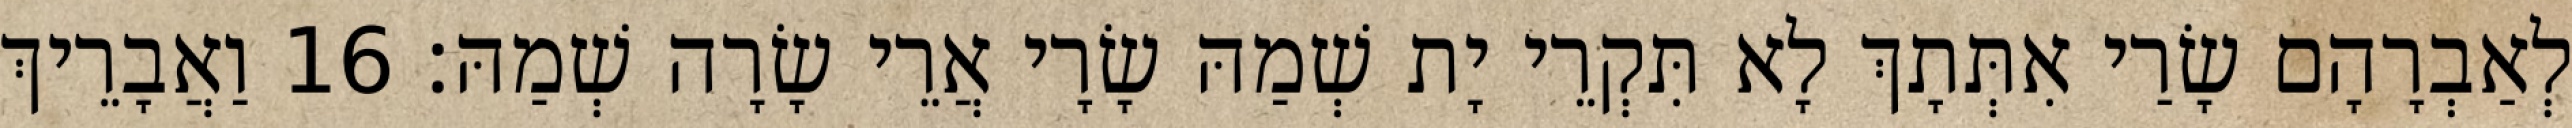
לְאַבְרָהָם שָׂרַי אִתְּתָךְ לָא תִּקְרֵי יָת שְׁמַהּ שָׂרָי אֲרֵי שָׂרָה שְׁמַהּ׃ 16 וַאֲבָרֵיךְ